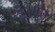
ખડકાય